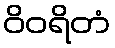
ဝိဝရိတံ